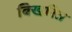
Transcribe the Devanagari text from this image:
बिखरित